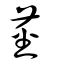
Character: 莖